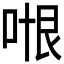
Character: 𭈍